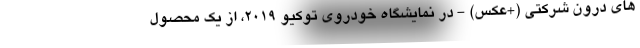
های درون شرکتی (+عکس) - در نمایشگاه خودروی توکیو 2019، از یک محصول